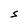
Character: S